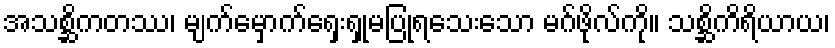
အသစ္ဆိကတဿ၊ မျက်မှောက်ရှေးရှုမပြုရသေးသော မဂ်ဖိုလ်ကို။ သစ္ဆိကိရိယာယ၊